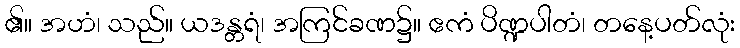
၏။ အဟံ၊ သည်။ ယဒန္တရံ၊ အကြင်ခဏ၌။ ဧကံ ပိဏ္ဍပါတံ၊ တနေ့ပတ်လုံး